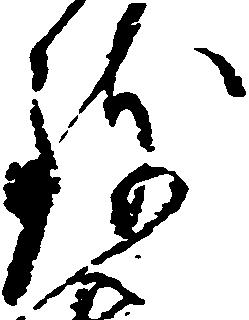
致